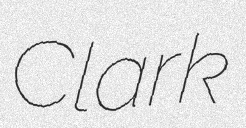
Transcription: Clark